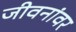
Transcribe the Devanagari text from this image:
जीवनांवर